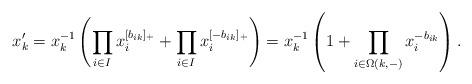
LaTeX: \begin{align*} x_k' = x_k^{-1}\left( \prod_{i\in I} x_i^{[b_{ik}]_+} + \prod_{i\in I} x_i^{[-b_{ik}]_+}\right) = x_k^{-1}\left(1 + \prod_{i\in \Omega(k,-)} x_i^{-b_{ik}} \right).\end{align*}